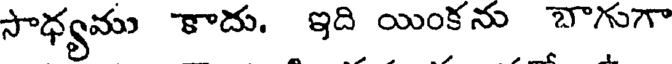
సాధ్యము కాదు. ఇది యింకను బాగుగా